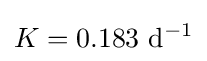
K=0.183~\mathrm {d} ^{-1}